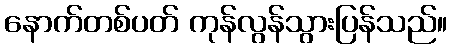
နောက်တစ်ပတ် ကုန်လွန်သွားပြန်သည်။